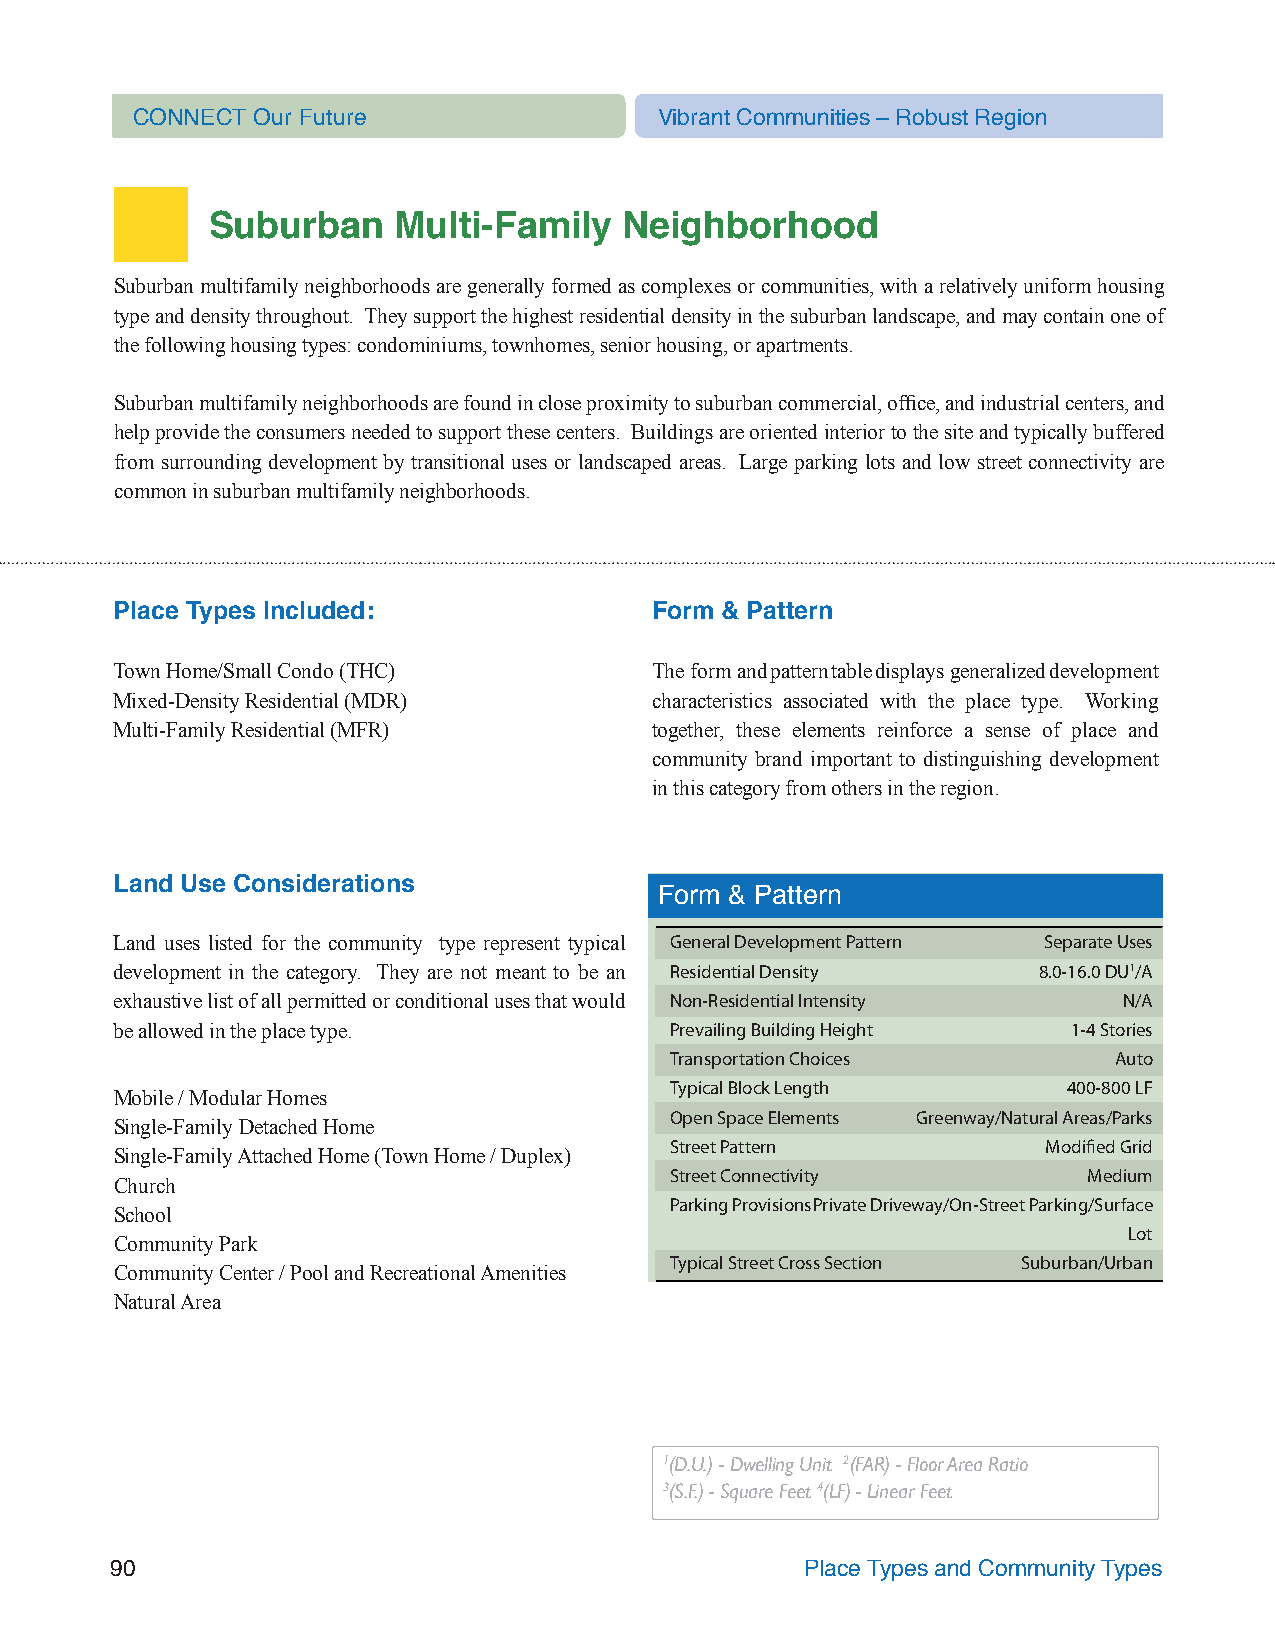
CONNECT Our Future                 Vibrant Communities – Robust Region
 Suburban    Multi-Family   Neighborhood
 Suburban multifamily neighborhoods are generally formed as complexes or communities, with a relatively uniform housing
 type and density throughout. They support the highest residential density in the suburban landscape, and may contain one of
 the following housing types: condominiums, townhomes, senior housing, or apartments.
 Suburban multifamily neighborhoods are found in close proximity to suburban commercial, office, and industrial centers, and
 help provide the consumers needed to support these centers. Buildings are oriented interior to the site and typically buffered
 from surrounding development by transitional uses or landscaped areas. Large parking lots and low street connectivity are
 common in suburban multifamily neighborhoods.
 Place Types Included:               Form & Pattern
 Town Home/Small Condo (THC)         The form and pattern table displays generalized development
 Mixed-Density Residential (MDR)     characteristics associated with the place type. Working
 Multi-Family Residential (MFR)      together, these elements reinforce a sense of place and
 community brand important to distinguishing development
 in this category from others in the region.
 Land Use Considerations
 Form & Pattern
 Land uses listed for the community type represent typical General Development Pattern Separate Uses
 development in the category. They are not meant to be an Residential Density 8.0-16.0 DU1/A
 exhaustive list of all permitted or conditional uses that would Non-Residential Intensity N/A
 be allowed in the place type.       Prevailing Building Height 1-4 Stories
 Transportation Choices        Auto
 Typical Block Length       400-800 LF
 Mobile / Modular Homes
 Open Space Elements Greenway/Natural Areas/Parks
 Single-Family Detached Home
 Street Pattern           Modified Grid
 Single-Family Attached Home (Town Home / Duplex)
 Street Connectivity         Medium
 Church
 Parking Provisions Private Driveway/On-Street Parking/Surface
 School
 Lot
 Community Park
 Typical Street Cross Section Suburban/Urban
 Community Center / Pool and Recreational Amenities
 Natural Area
 1(D.U.) - Dwelling Unit 2(FAR) - Floor Area Ratio
 3(S.F.) - Square Feet 4(LF) - Linear Feet
 90                                            Place Types and Community Types